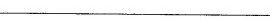
___